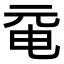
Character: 𠀻